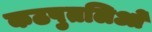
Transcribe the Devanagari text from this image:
कठपुतलिओं